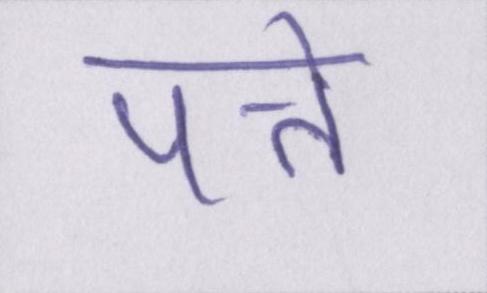
पत्ते